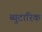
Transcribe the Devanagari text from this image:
ब्युटारिक